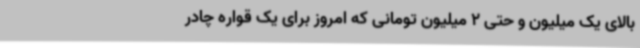
بالای یک‌ میلیون و حتی 2 میلیون‌ تومانی که امروز برای یک قواره چادر